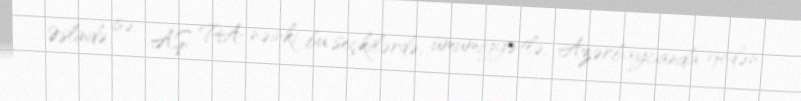
Əslində isə, AŞ PA nəinki bu seçkilərdə, ümumiyyətlə, Azərbaycanda gedən